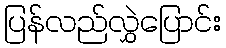
ပြန်လည်လွှဲပြောင်း